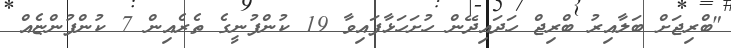
"ބްރިޖަށް ބަލާއިރު ބްރިޖް ހަދައިދޭން ހުށަހަޅާފައިވާ 19 ކުންފުނީގެ ތެރެއިން 7 ކުންފުންޏެއް